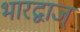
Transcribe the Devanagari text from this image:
भारद्वाज्